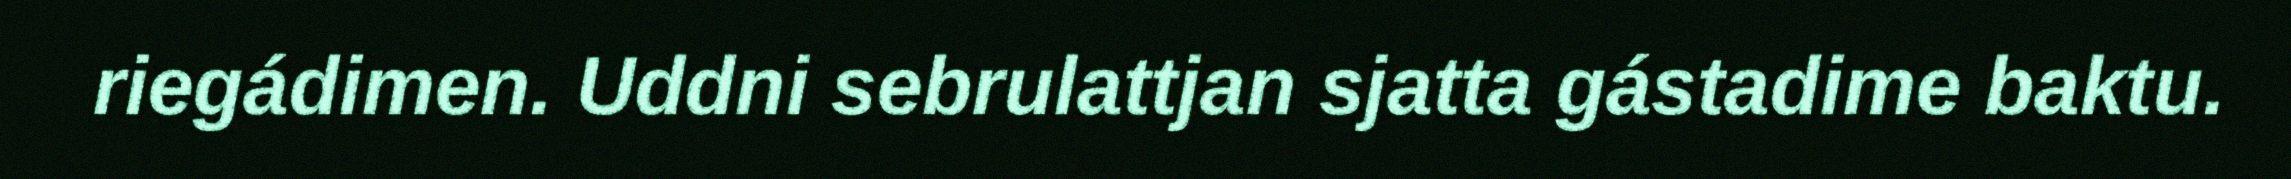
riegádimen. Uddni sebrulattjan sjatta gástadime baktu.